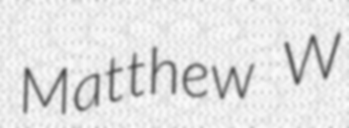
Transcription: Matthew W